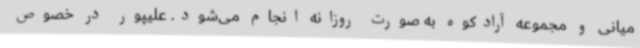
میانی و مجموعه آرادکوه به صورت روزانه انجام می‌شود. علیپور در خصوص